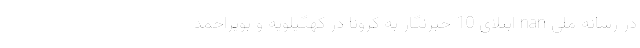
در رسانه ملی nan ابتلای 10 خبرنگار به کرونا در کهگیلویه و بویراحمد